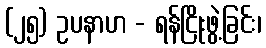
(၂၅) ဥပနာဟ - ရန်ငြိုးဖွဲ့ခြင်း၊